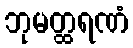
ဘုမတ္ထရဏံ